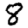
Digit: 8